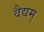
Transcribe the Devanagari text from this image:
वैद्यम्